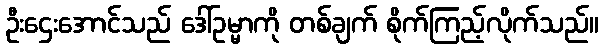
ဦးဌေးအောင်သည် ဒေါ်ဥမ္မာကို တစ်ချက် စိုက်ကြည့်လိုက်သည်။